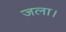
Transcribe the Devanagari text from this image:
जला।